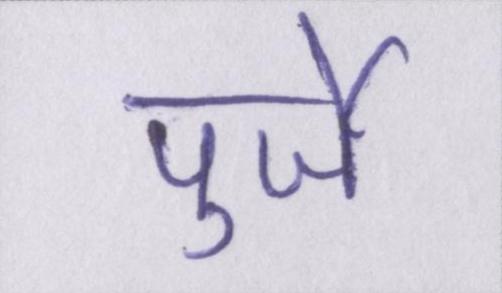
पुर्जे